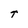
Character: t